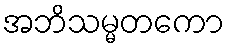
အဘိသမ္မတကော